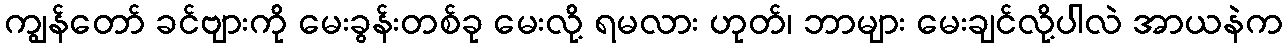
ကျွန်တော် ခင်ဗျားကို မေးခွန်းတစ်ခု မေးလို့ ရမလား ဟုတ်၊ ဘာများ မေးချင်လို့ပါလဲ အာယနဲက